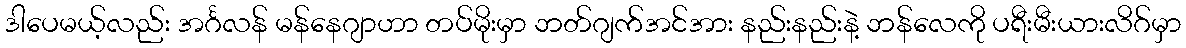
ဒါပေမယ့်လည်း အင်္ဂလန် မန်နေဂျာဟာ တပ်မိုးမှာ ဘတ်ဂျက်အင်အား နည်းနည်းနဲ့ ဘန်လေကို ပရီးမီးယားလိဂ်မှာ